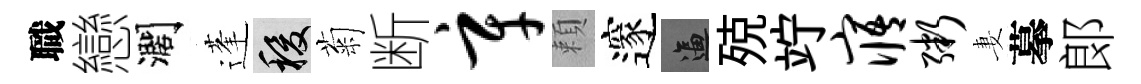
職戀濶蓬稷菊断辛頼邃逼殑竚寤粥妻摹郞